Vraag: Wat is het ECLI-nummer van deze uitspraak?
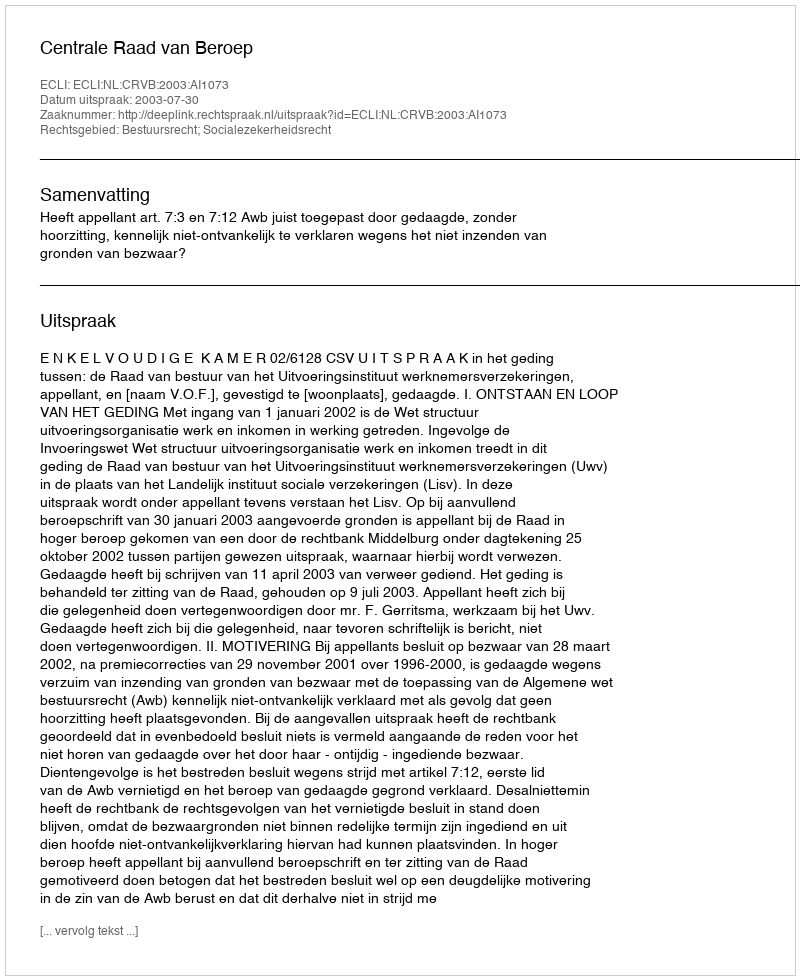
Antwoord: ECLI:NL:CRVB:2003:AI1073